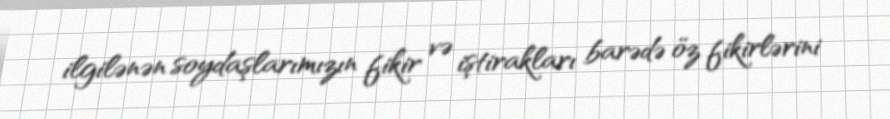
ilgilənən soydaşlarımızın fikir və iştirakları barədə öz fikirlərini